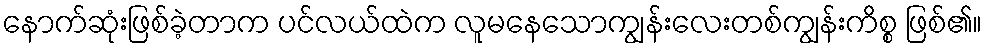
နောက်ဆုံးဖြစ်ခဲ့တာက ပင်လယ်ထဲက လူမနေသောကျွန်းလေးတစ်ကျွန်းကိစ္စ ဖြစ်၏။